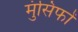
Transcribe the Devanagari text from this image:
मुंसिफों